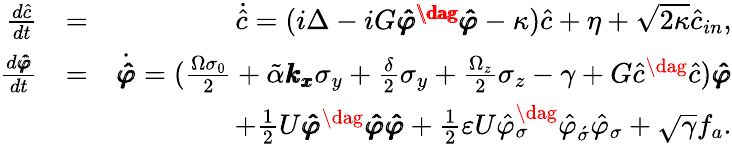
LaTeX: \begin{array}{rlr}{\frac{d\hat{c}}{dt}}&{=}&{\dot{\hat{c}}=(i\Delta-iG\pmb{\hat{\varphi}^{\dag}\hat{\varphi}}-\kappa)\hat{c}+\eta+\sqrt{2\kappa}\hat{c}_{in},}\\ {\frac{d\pmb{\hat{\varphi}}}{dt}}&{=}&{\dot{\pmb{\hat{\varphi}}}=(\frac{\Omega\sigma_{0}}{2}+\tilde{\alpha}\pmb{k_{x}}\sigma_{y}+\frac{\delta}{2}\sigma_{y}+\frac{\Omega_{z}}{2}\sigma_{z}-\gamma+G\hat{c}^{\dag}\hat{c})\pmb{\hat{\varphi}}}\\ &{}&{+\frac{1}{2}U\pmb{\hat{\varphi}}^{\dag}\pmb{\hat{\varphi}}\pmb{\hat{\varphi}}+\frac{1}{2}\varepsilon U\hat{\varphi}_{\sigma}^{\dag}\hat{\varphi}_{\acute{\sigma}}\hat{\varphi}_{\sigma}+\sqrt{\gamma}f_{a}.}\end{array}